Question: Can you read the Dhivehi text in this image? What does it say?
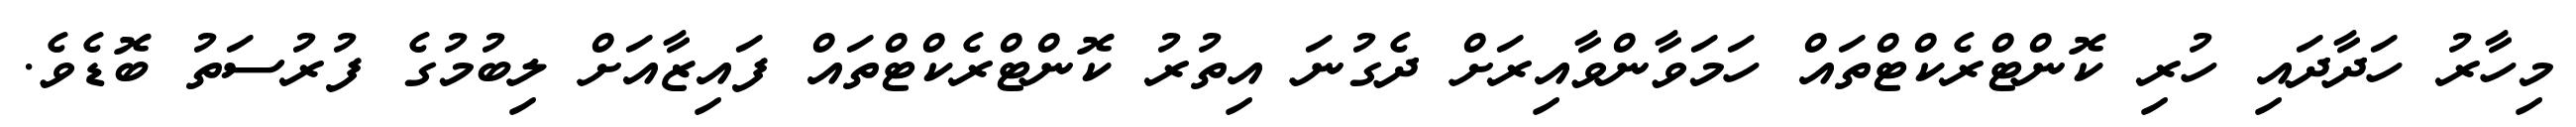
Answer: މިހާރު ހަދާދައި ހުރި ކޮންޓްރެކްޓްތައް ހަމަވާންވާއިރަށް ދެގުނަ އިތުރު ކޮންޓްރެކްޓްތައް ފައިޒާއަށް ލިބުމުގެ ފުރުސަތު ބޮޑެވެ.